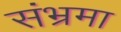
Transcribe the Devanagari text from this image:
संभ्रमा